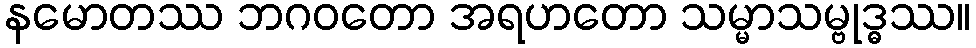
နမောတဿ ဘဂဝတော အရဟတော သမ္မာသမ္ဗုဒ္ဓဿ။